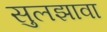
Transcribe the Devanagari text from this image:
सुलझावा